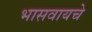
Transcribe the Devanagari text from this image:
भासवायचे